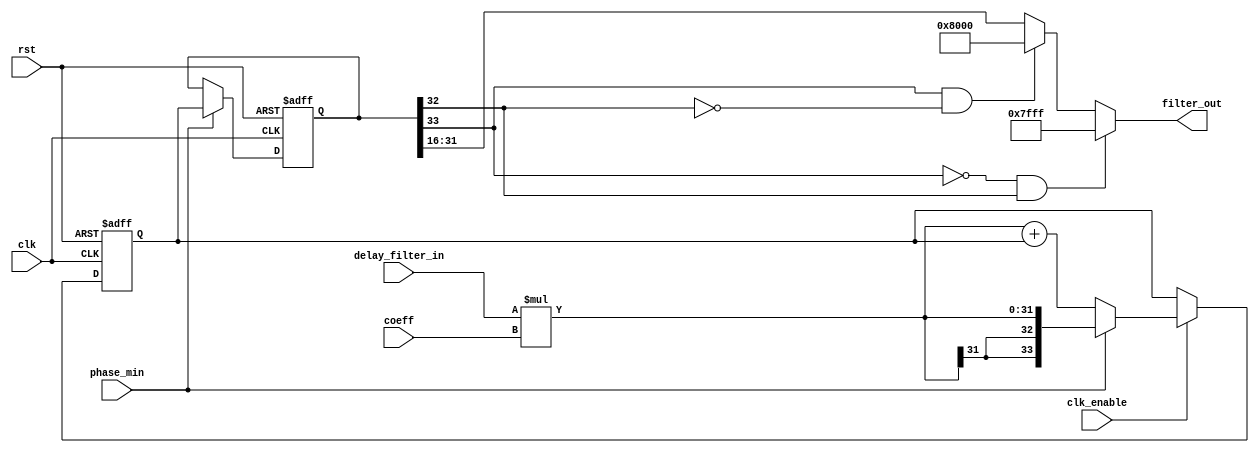
module compute #(
    parameter FILTER_IN_BITS = 16,
    parameter FILTER_OUT_BITS = 16,
    parameter NUMBER_OF_TAPS = 64,
    parameter COEFF_BITS = 16,
    parameter COEFF_FRAC_BITS = 16
) (
    input clk,
    input rst,
    input clk_enable,

    input signed [FILTER_IN_BITS-1:0] delay_filter_in,  // input_mux from delay_pipeline, which is the sample at a specific time. signed integer 16 bit. [-32768, 32768 - 1]

    input signed [COEFF_BITS-1:0] coeff,  // product_mux from coeffs_control, which is the corespponding coeff at a specific slot. signed fixed-point 16 bit, 18 frac. [-0.125, 0,125 - 3.814697265625e-06]

    input phase_min,  // phase_min from phase_check

    output signed [FILTER_OUT_BITS-1:0] filter_out  // output
);
  localparam PRODUCT_BITS = FILTER_IN_BITS + COEFF_BITS;

  // signed fixed-point 32.16. [-32768, 32768 - 1.52587890625e-05]
  wire signed [PRODUCT_BITS-1:0] product = delay_filter_in * coeff;

  // signed fixed-point 34.16. [-131072, 131072 - 1.52587890625e-05]
  wire signed [PRODUCT_BITS-1 + 2:0] sign_extended_product = $signed(
      {{2{product[PRODUCT_BITS-1]}}, product}
  );
  reg signed [PRODUCT_BITS-1 + 2:0] acc_out;
  wire signed [PRODUCT_BITS-1 + 2:0] next_value_to_add = acc_out;

  // signed fixed-point 35.16. [-262144, 262144 - 1.52587890625e-05]
  wire signed [PRODUCT_BITS-1 + 3:0] add_temp = sign_extended_product + next_value_to_add;

  // signed fixed-point 34.16. [-131072, 131072 - 1.52587890625e-05]
  wire signed [PRODUCT_BITS-1 + 2:0] acc_sum = add_temp[PRODUCT_BITS-1 + 2:0];  // Cut overflow bit off add_temp

  wire signed [PRODUCT_BITS-1 + 2:0] acc_in = (phase_min == 1) ? sign_extended_product : acc_sum;

  reg signed [PRODUCT_BITS-1 + 2:0] acc_final;

  // push acc_in to acc_out on rising clk when clk_enable
  always @(posedge clk or posedge rst) begin
    if (rst == 1) begin
      acc_out <= 0;
    end else begin
      if (clk_enable == 1) begin
        acc_out <= acc_in;
      end
    end
  end

  // caculate final sum (phase_min == 1 mean that a new loop begin, so now is the time for us to push acc_final)
  always @(posedge clk or posedge rst) begin
    if (rst == 1) begin
      acc_final <= 0;
    end else begin
      if (phase_min == 1) begin
        acc_final <= acc_out;
      end
    end
  end

  /* rounding: floor, overflow: saturate
  
                                                                             
      16        8          24        
                                                                       
     S      S        S       
       *       =          
                                 
             int              int                    int               
                                 frac                             frac       
                                                                             
                                                                      frac   
                                                  16       
                                ===>     S         
                                         ......   
                                                           
                                        overflow       coverted           
                                       (saturate)       result        round  
                                                                     (floor) 
                                                                             
  
  
  (s)iii_iiii_iiii_iiii * (s)iii_ii.ff                        
  =                                                           
  (s)iii_ii|ii_iiii_iiii_iiii_ii|.ff                          
                                                              
  if ((s == 0) & (iii_ii != 000_00)) => positive overflowed   
  => |01_1111_1111_1111_11|                                   
                                                              
  elsif ((s == 1) & (iii_ii) != 111_11) => negative overflowed
  => |10_0000_0000_0000_00|                                   
                                                              
  else => not overflowed                                      
  => |ii_iiii_iiii_iiii_ii|                                   
  
  */
  localparam ACC_FINAL_BITS = PRODUCT_BITS + 2;  // = FILTER_IN_BITS + COEFF_BITS + 2
  localparam ACC_FINAL_SIGN_BIT = ACC_FINAL_BITS - 1;  // Location of Sign bit
  localparam ACC_FINAL_CHECK_BIT_HIGH = ACC_FINAL_SIGN_BIT - 1; // Location of high bit of check region
  localparam ACC_FINAL_CHECK_BIT_LOW = COEFF_FRAC_BITS + FILTER_OUT_BITS; // Location of low bit of check region
  localparam ACC_FINAL_CHECK_BITS = ACC_FINAL_CHECK_BIT_HIGH - ACC_FINAL_CHECK_BIT_LOW + 1; // Number of bits of check region

  localparam ACC_FINAL_CONVERTED_HIGH_BIT = COEFF_FRAC_BITS + FILTER_OUT_BITS - 1;
  localparam ACC_FINAL_CONVERTED_LOW_BIT = COEFF_FRAC_BITS;

  assign filter_out =
      // positive overflow => stay at max signed integer (saturate)
      ((acc_final[ACC_FINAL_SIGN_BIT] == 0) & (acc_final[ACC_FINAL_CHECK_BIT_HIGH:ACC_FINAL_CHECK_BIT_LOW] != {(ACC_FINAL_CHECK_BITS){1'b0}})) ? {1'b0, {(FILTER_OUT_BITS-1){1'b1}}}: // 01111...111
      // negative overflow => stay at min signed integer (saturate)
      ((acc_final[ACC_FINAL_SIGN_BIT] == 1) & (acc_final[ACC_FINAL_CHECK_BIT_HIGH:ACC_FINAL_CHECK_BIT_LOW] != {(ACC_FINAL_CHECK_BITS){1'b1}})) ? {1'b1, {(FILTER_OUT_BITS-1){1'b0}}}: // 10000...000
      // if not overflow, round down by cutoff all unnecessary bits (flooring)
      acc_final[ACC_FINAL_CONVERTED_HIGH_BIT:ACC_FINAL_CONVERTED_LOW_BIT];
endmodule  //compute